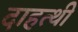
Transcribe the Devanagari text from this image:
दाहत्थी